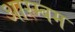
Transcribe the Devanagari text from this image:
आरम्बम